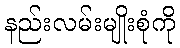
နည်းလမ်းမျိုးစုံကို